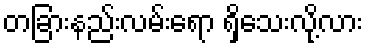
တခြားနည်းလမ်းရော ရှိသေးလို့လား